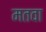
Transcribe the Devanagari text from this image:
मतवा